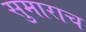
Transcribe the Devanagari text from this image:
सुमाराच